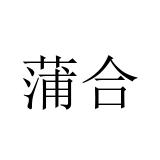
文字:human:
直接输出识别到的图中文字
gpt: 蒲合